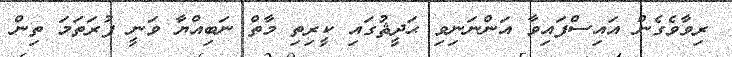
ރިވާވެގެން އައިސްފައިވާ އަންނަނިވި ޙަދީޘުގައި ކީރިތި މާތް ނަބިއްޔާ ވަނީ ފުރަތަމަ ތިން